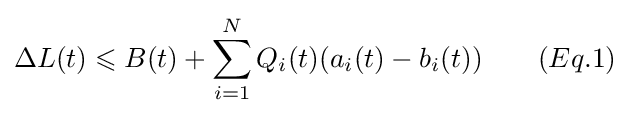
\Delta L(t)\leqslant B(t)+\sum _{i=1}^{N}Q_{i}(t)(a_{i}(t)-b_{i}(t))\qquad (Eq.1)